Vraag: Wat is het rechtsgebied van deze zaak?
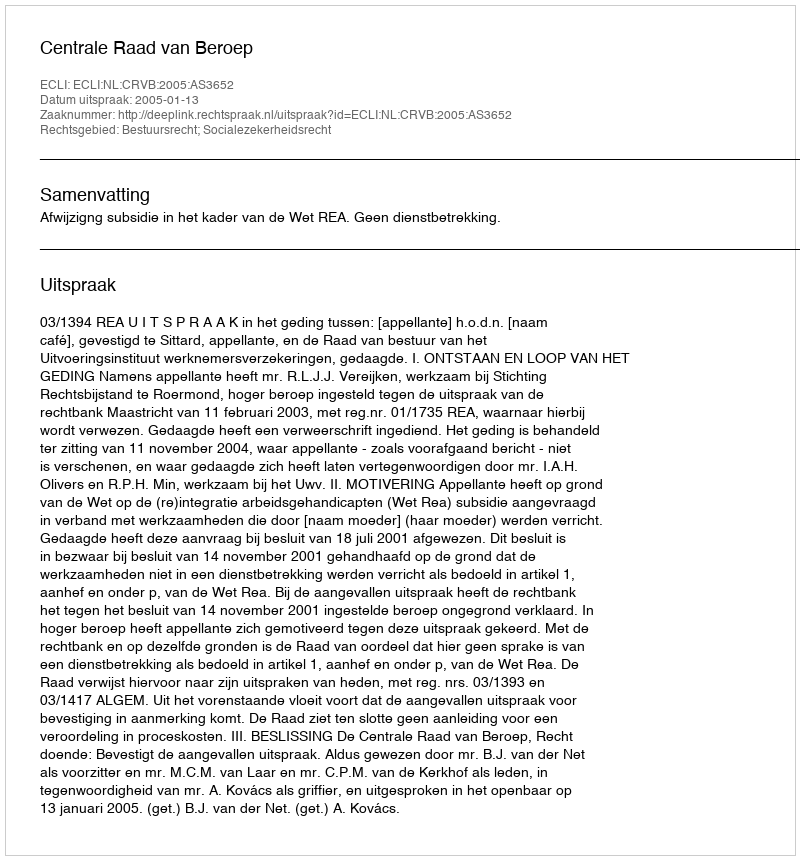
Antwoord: Bestuursrecht; Socialezekerheidsrecht